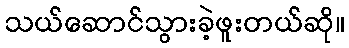
သယ်ဆောင်သွားခဲ့ဖူးတယ်ဆို။